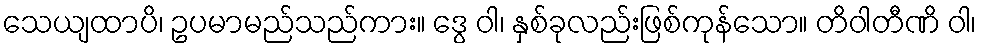
သေယျထာပိ၊ ဥပမာမည်သည်ကား။ ဒွေ ဝါ၊ နှစ်ခုလည်းဖြစ်ကုန်သော။ တိဝါတီဏိ ဝါ၊